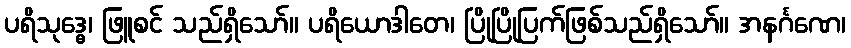
ပရိသုဒ္ဓေ၊ ဖြူစင် သည်ရှိသော်။ ပရိယောဒါတေ၊ ပြိုပြိုပြက်ဖြစ်သည်ရှိသော်။ အနင်္ဂဏေ၊